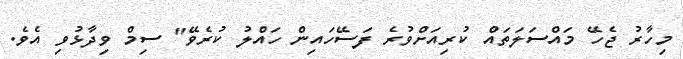
މިހާރު ޖެހޭ މައްސަލަތައް ކުރިއަށްވުރެ ފަސޭހައިން ހައްލު ކުރެވޭ" ސިމް ވިދާޅުވި އެވެ.